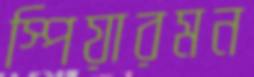
স্পিয়ারমন